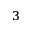
3